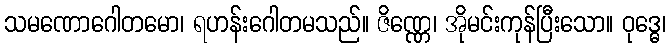
သမဏောဂေါတမော၊ ရဟန်းဂေါတမသည်။ ဇိဏ္ဏေ၊ အိုမင်းကုန်ပြီးသော။ ဝုဒ္ဓေ၊